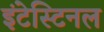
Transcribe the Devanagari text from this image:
इंटेस्टिनल